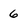
Character: 6